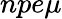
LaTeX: npe\mu